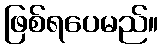
ဖြစ်ရပေမည်။